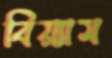
বিয়্যাম